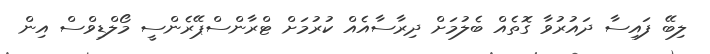
ލިބޭ ފައިސާ ދައުރުވާ ގޮތެއް ބެލުމަށް ދިރާސާއެއް ކުރުމަށް ޓްރާންސްޕޭރެންސީ މޯލްޑިވްސް އިން